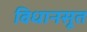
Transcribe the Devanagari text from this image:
विधानसूत